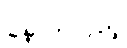
နောက်လှည့်